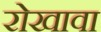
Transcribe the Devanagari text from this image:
रोखावा